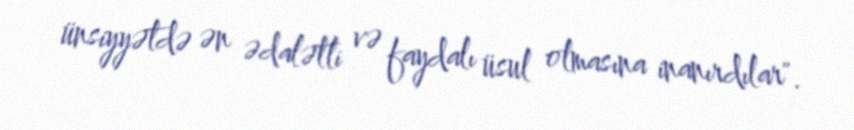
ünsiyyətdə ən ədalətli və faydalı üsul olmasına inanırdılar".